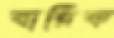
বারিক